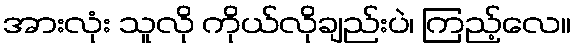
အားလုံး သူလို ကိုယ်လိုချည်းပဲ၊ ကြည့်လေ။